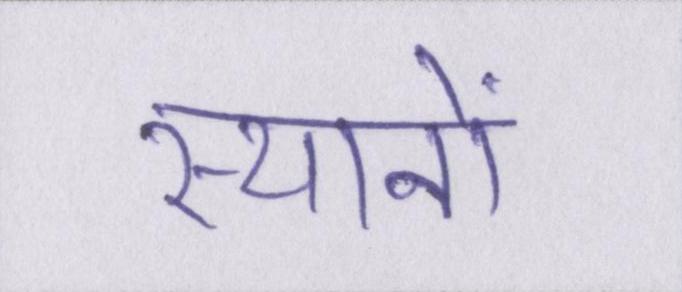
स्थानों